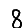
Digit: 8